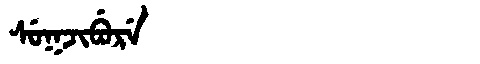
Manchu: ᠰᡠᡴᠵᡳᠪᡠᡵᡝ
Romanization: SUKJIBURE